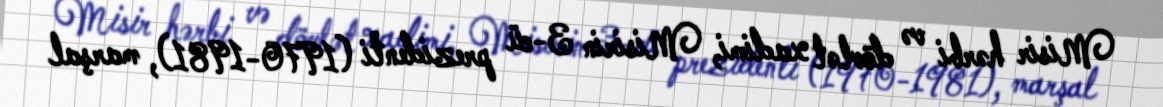
Misir hərbi və dövlət xadimi, Misirin 3-cü prezidenti (1970-1981), marşal